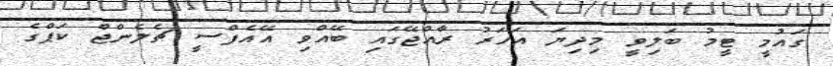
ގައުމީ ޓީމު ބަލިވީ މިދިޔަ އަހަރު ރާއްޖޭގައި ބޭއްވި އޭއެފްސީ ޗެލެންޖް ކަޕްގެ